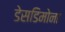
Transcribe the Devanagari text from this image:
डेसडिमोना